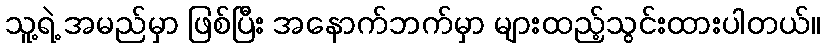
သူ့ရဲ့ အမည်မှာ ဖြစ်ပြီး အနောက်ဘက်မှာ များထည့်သွင်းထားပါတယ်။